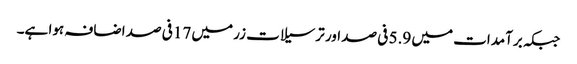
جبکہ برآمدات میں 5.9 فی صد اور ترسیلات زر میں 17فی صد اضافہ ہوا ہے۔